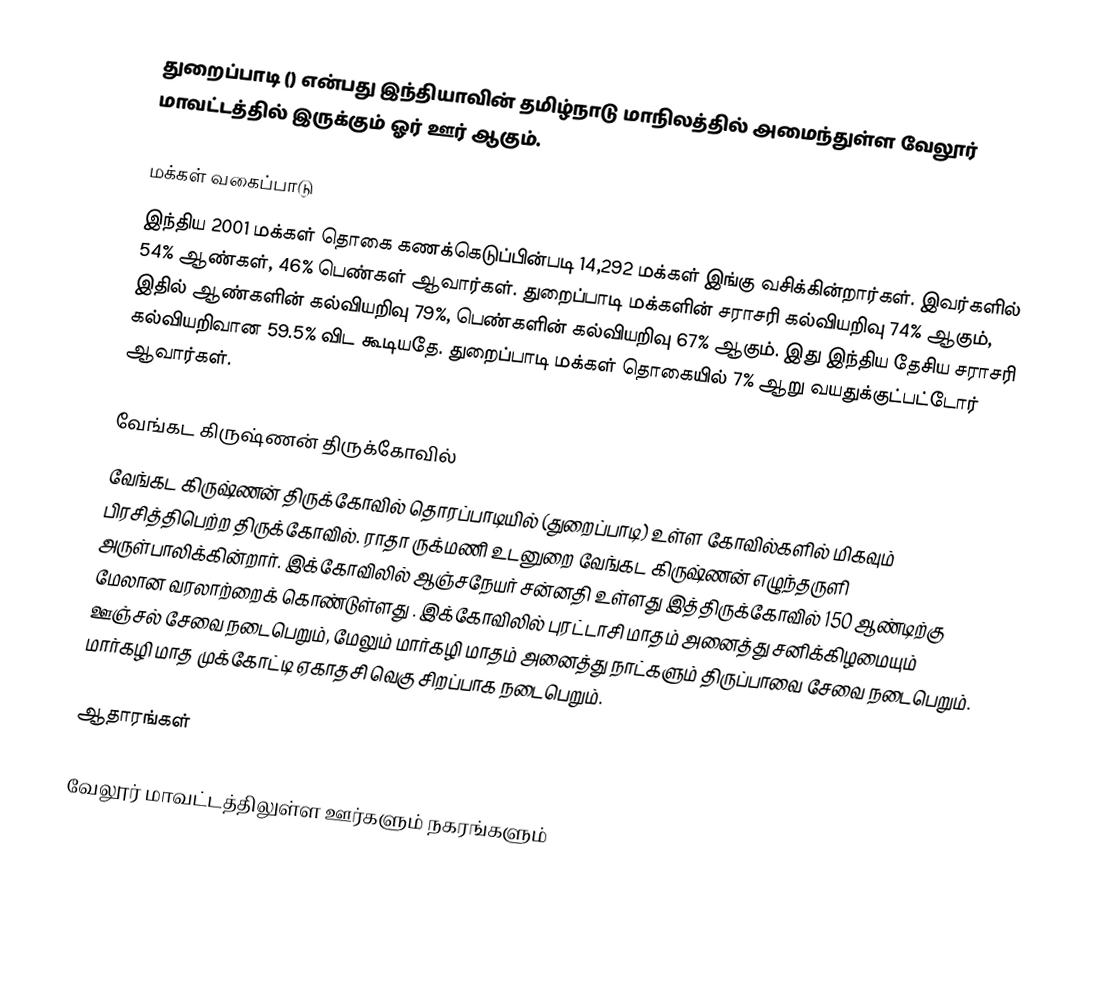
துறைப்பாடி () என்பது இந்தியாவின் தமிழ்நாடு மாநிலத்தில் அமைந்துள்ள வேலூர் மாவட்டத்தில் இருக்கும் ஓர் ஊர் ஆகும்.

மக்கள் வகைப்பாடு
இந்திய 2001 மக்கள் தொகை கணக்கெடுப்பின்படி 14,292 மக்கள் இங்கு வசிக்கின்றார்கள். இவர்களில் 54% ஆண்கள், 46% பெண்கள் ஆவார்கள். துறைப்பாடி மக்களின் சராசரி கல்வியறிவு 74% ஆகும்,  இதில் ஆண்களின் கல்வியறிவு 79%,  பெண்களின் கல்வியறிவு 67% ஆகும். இது இந்திய தேசிய சராசரி கல்வியறிவான 59.5% விட கூடியதே. துறைப்பாடி மக்கள் தொகையில் 7%  ஆறு வயதுக்குட்பட்டோர் ஆவார்கள்.

வேங்கட கிருஷ்ணன் திருக்கோவில்
வேங்கட கிருஷ்ணன் திருக்கோவில் தொரப்பாடியில் (துறைப்பாடி) உள்ள கோவில்களில் மிகவும் பிரசித்திபெற்ற திருக்கோவில். ராதா ருக்மணி உடனுறை வேங்கட கிருஷ்ணன் எழுந்தருளி அருள்பாலிக்கின்றார். இக்கோவிலில் ஆஞ்சநேயர் சன்னதி உள்ளது இத்திருக்கோவில் 150 ஆண்டிற்கு மேலான வரலாற்றைக் கொண்டுள்ளது . இக்கோவிலில் புரட்டாசி மாதம் அனைத்து சனிக்கிழமையும் ஊஞ்சல் சேவை நடைபெறும், மேலும் மார்கழி மாதம் அனைத்து நாட்களும் திருப்பாவை சேவை நடைபெறும். மார்கழி மாத முக்கோட்டி ஏகாதசி வெகு சிறப்பாக நடைபெறும்.

ஆதாரங்கள்

வேலூர் மாவட்டத்திலுள்ள ஊர்களும் நகரங்களும்